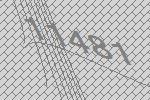
11481